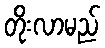
တိုးလာမည်